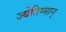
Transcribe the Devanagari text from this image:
ज्येतिष्मान्